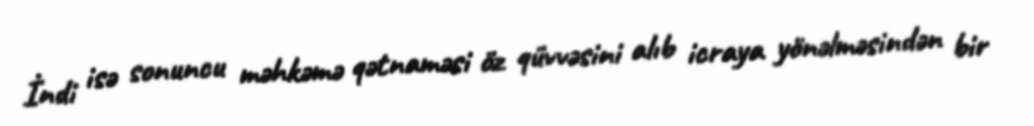
İndi isə sonuncu məhkəmə qətnaməsi öz qüvvəsini alıb icraya yönəlməsindən bir